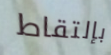
بإلتقاط